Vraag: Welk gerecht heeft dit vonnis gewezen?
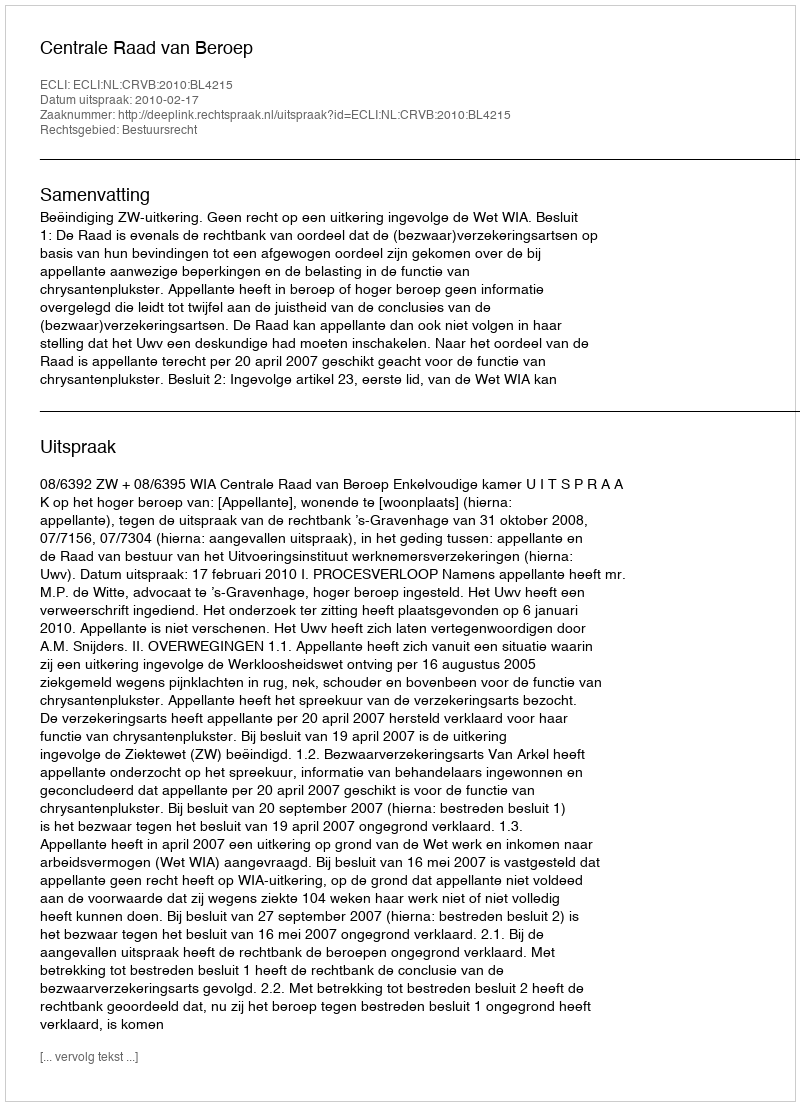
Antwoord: Centrale Raad van Beroep